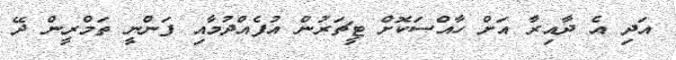
އަދި އެ ދާއިރާ އަށް ހާއްސަކޮށް ޓީޗަރުން އުފެއްދުމާއި ފަންނީ ތަމްރީން ދޭ